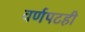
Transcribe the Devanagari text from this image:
वर्णपटही